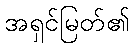
အရှင်မြတ်၏